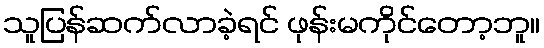
သူပြန်ဆက်လာခဲ့ရင် ဖုန်းမကိုင်တော့ဘူ။